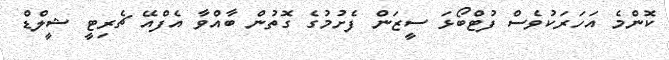
ކޮންމެ އަހަރަކުވެސް ފުޓްބޯޅަ ސީޒަން ފެށުމުގެ ގޮތުން ބާއްވާ އެފްއޭ ޗެރިޓީ ޝީލްޑް